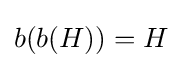
b(b(H))=H